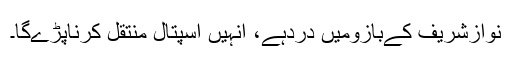
نوازشریف کےبازومیں دردہے، انہیں اسپتال منتقل کرناپڑےگا۔